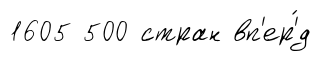
1605 500 стран вп'ер'́д